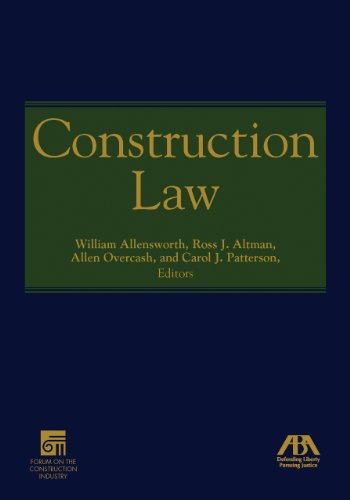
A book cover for Construction Law; Law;